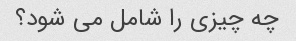
چه چیزی را شامل می شود؟